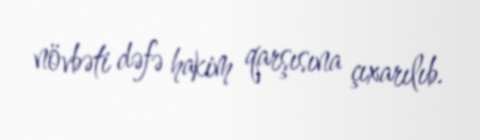
növbəti dəfə hakim qarşısına çıxarılıb.